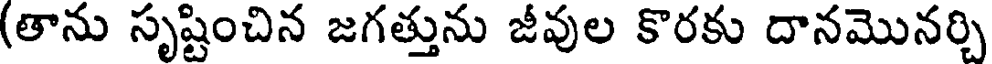
(తాను సృష్టించిన జగత్తును జీవుల కొరకు దానమొనర్చి